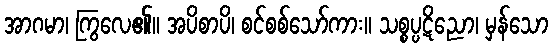
အာဂမာ၊ ကြွလေ၏။ အပိစာပိ၊ စင်စစ်သော်ကား။ သစ္စပ္ပဋိညော၊ မှန်သော